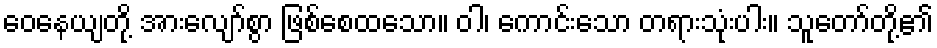
ဝေနေယျတို့ အားလျော်စွာ ဖြစ်စေထသော။ ဝါ၊ ကောင်းသော တရားသုံးပါး။ သူတော်တို့၏